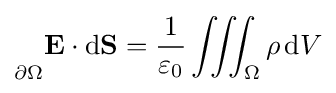
{\vphantom {\oint }}_{\scriptstyle \partial \Omega }\mathbf {E} \cdot \mathrm {d} \mathbf {S} ={\frac {1}{\varepsilon _{0}}}\iiint _{\Omega }\rho \,\mathrm {d} V